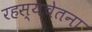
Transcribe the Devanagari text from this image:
रहस्यचेतना